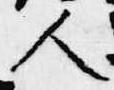
人